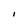
Character: l